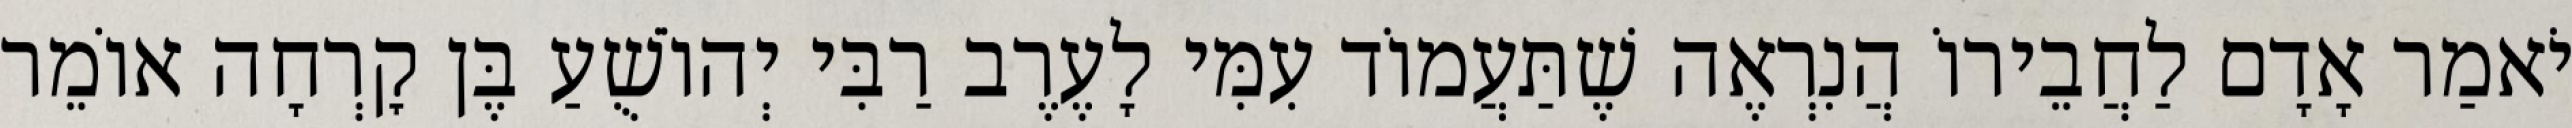
יֹאמַר אָדָם לַחֲבֵירוֹ הֲנִרְאֶה שֶׁתַּעֲמוֹד עִמִּי לָעֶרֶב רַבִּי יְהוֹשֻׁעַ בֶּן קׇרְחָה אוֹמֵר